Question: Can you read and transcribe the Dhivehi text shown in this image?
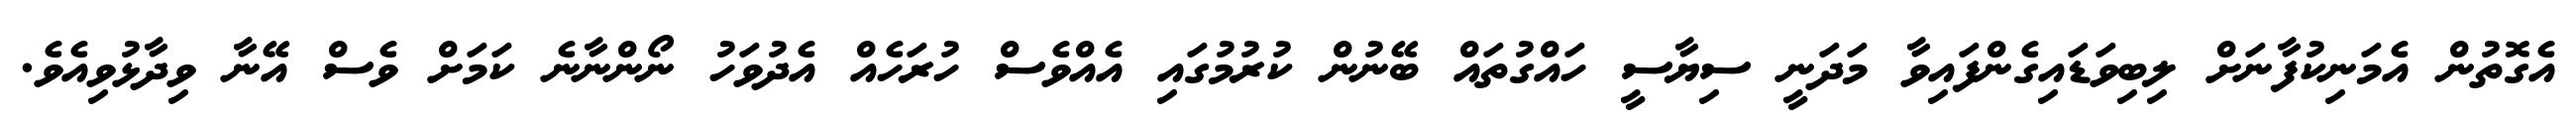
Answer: އެގޮތުން އެމަނިކުފާނަށް ލިބިވަޑައިގެންފައިވާ މަދަނީ ސިޔާސީ ހައްގުތައް ބޭނުން ކުރުމުގައި އެއްވެސް ހުރަހެއް އެދުވަހު ނޯންނާނެ ކަމަށް ވެސް އޭނާ ވިދާޅުވިއެވެ.